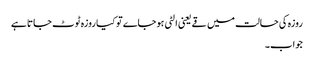
روزہ کی حالت میں قے یعنی الٹی ہوجاے تو کیا روزہ ٹوٹ جاتا ہے
جواب۔